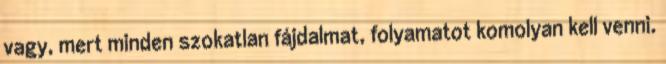
vagy, mert minden szokatlan fájdalmat, folyamatot komolyan kell venni.